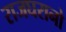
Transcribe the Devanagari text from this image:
राजघरानो